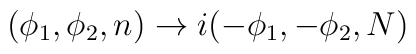
(\phi _{1},\phi _{2},n)\rightarrow i(-\phi _{1},-\phi _{2},N)